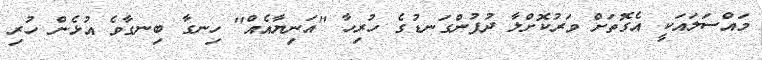
މައްސަލައަކީ އެގޮތަށް ވަރުކޮށްލާ ދުފުންގަނޑުގެ ހުރިހާ "އަނިޔާއެއް" ހިނގާ ބިނގާވެ އުޅެން ހުރި